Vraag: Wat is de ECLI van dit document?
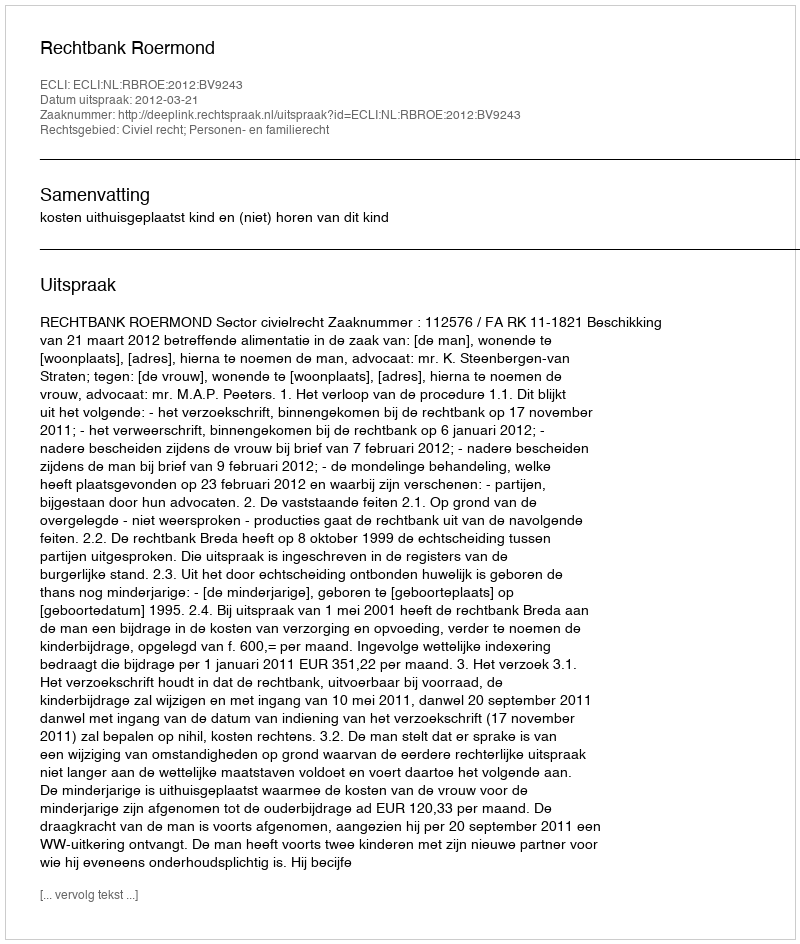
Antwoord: ECLI:NL:RBROE:2012:BV9243